Vital statistics of India. Vol. VI, European troops 1870-79
Year: 1870
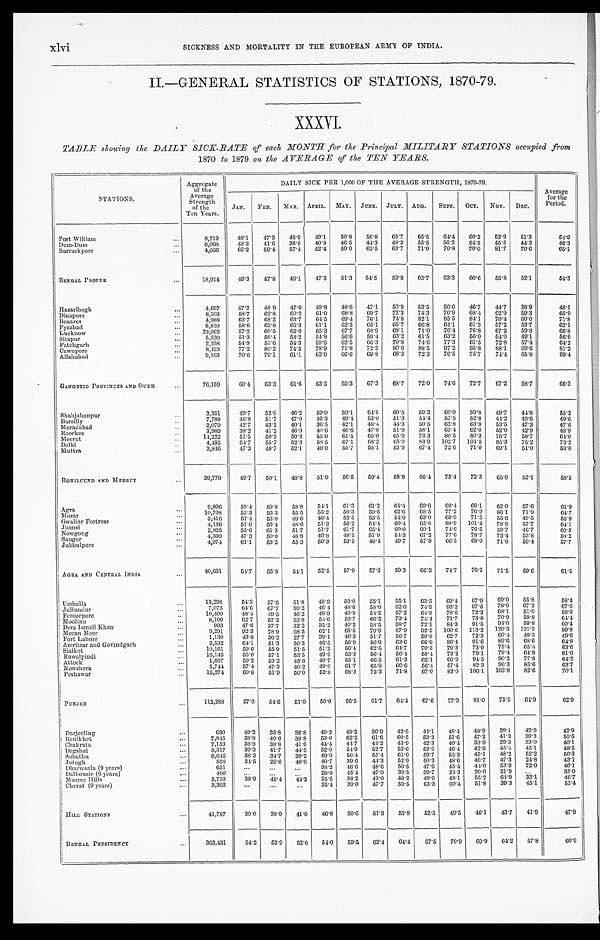
xlvi
SICKNESS AND MORTALITY IN THE EUROPEAN ARMY OF INDIA.
II.—GENERAL STATISTICS OF STATIONS, 1870-79.
XXXVI.
TABLE showing the DAILY SICK-RATE of each MONTH for the Principal MILITARY STATIONS occupied from
1870 to 1879 on the AVERAGE of the TEN YEARS.
STATIONS.
Aggregate
of the
Average
Strength
of the
Ten Years.
DAILY SICK PER 1,000 OF THE AVERAGE STRENGTH, 1870-79.
Average
for the
Period.
JAN.
FEB.
MAR.
APRIL. MAY.
JUNE. JULY. AUG.
SEPT.
OCT.
Nov.
DEC.
Fort William . . .
8,719
48.1
47.3
46.9
49.1
50.8
56.8
65.7
65.5
64.4
60.2
52.9
51.3
54.9
Dum-Dum . . .
6,068
43.3
41.6
36.9
40.8
46.5
44.3
48.3
55.5
56.2
54.5
45.5
44.3
46.3
Barrackpore . . .
4,056
65.2
59.4
57.4
52.4
59.0
63.5
63.7
71.0
70.8
70.0
81.7
70.6
65.1
BENGAL PROPER . . .
18,914
49.3
47.8
46.1
47.3
51.3
54.5
59.9
63.7
63.3
60.6
55.8
52.1
54.3
Hazaribagh . . .
4,697
47.2
48.9
47.0
49.8
48.6
47.1
50.9
53.5
50.6
46.7
44.7
38.9
48.1
Dinapore . . .
8,503
58.7
62.8
60.2
61.0
68.8
69.7
72.3
74.3
7 0 . 9
68.4
62.9
59.3
65.9
Benares . . .
4,988
63.7
68.2
63.7
64.5
69.4
76.1
74.8
82.1
85.5
84.1
70.4
60.0
71.8
8,810
58.6
62.8
65.3
61.1
62.3
65.1
65.7
66.8
64.1
61.3
57.2
53.7
62.1
Fyzabad . . .
23,062
57.2
60.5
62.0
65.3
67.7
68.9
68.1
71.0
76.4
76.8
67.2
59.8
66.8
Lucknow . . .
5,530
51.3
56.4
53.2
54.8
56.6
59.4
63.2
61.5
63.2
56.0
54.0
49.1
56.6
Sitapur . . .
2,258
54.9
55.6
54.3
59.6
62.5
66.3
70.8
74.6
77.3
61.5
72.8
57.4
64.2
Fatehgarh . . .
8,423
77.2
80.2
74.3
78.9
71.8
72.2
80.6
88.5
97.2
95.8
88.1
69.6
81.2
Cawnpore . . .
9,163
70.6
70.1
61.1
62.0
66.6
69.8
68.3
72.3
76.5
75.7
74.4
65.8
69.4
Allahabad . . .
GANGETIC PROVINCES AND OUDH . . .
76,159
60.4
63.3
61.6
63.5
65.3
67.3
68.7
72.0
74.6
72.7
67.2
58.7
66.3
Shahjahanpur . . .
3,351
49.7
52.6
46.2
59.0
59.1
64.5
60.5
59.3
60.0
59.8
49.7
44.8
55.2
7,788
46.8
51.7
47.0
46.3
49.4
53.0
51.3
54.4
57.5
52.8
44.2
40.6
49.6
Bareilly . . .
2,079
42.7
43.1
40.1
36.5
42.1
48.4
44.3
50.5
62.8
63.8
53.5
47.3
47.6
Moradabad . . .
3,989
38.2
41.2
46.9
40.6
46.6
47.8
51.9
58.1
63.4
62.0
52.0
42.9
48.9
Roorkee . . .
Meerut . . .
14,222
51.5
50.3
50.3
55.0
61.5
65.0
65.9
73.3
80.5
80.3
76.7
58.7
64.0
4,495
64.7
55.7
52.3
58.5
67.1
68.2
65.0
83.9
102.7
104.5
85.3
75.2
73.2
Delhi . . .
3,846
47.3
48.7
52.1
49.0
55.7
55.1
53.9
67.4
72.6
71.0
69.1
51.0
58.0
Muttra . . .
ROHILCUND AND MEERUT . . .
39,770
49.7
50.1
48.8
51.0
56.5
59.4
58.8
66.4
73.4
72.3
65.0
53.1
58.5
Agra . . .
9,896
58.4
59.8
58.8
54.1
61.3
61.2
64.4
69.6
69.4
68.1
62.0
57.6
61.9
10,708
5 3 . 3
5 5 . 3
5 5 . 5
55.2
58.3
59.6
62.6
68.5
77.2
76.9
86.1
71.9
64.7
Morar . . .
3,416
51.4
53.0
49.6
48.4
52.5
53.5
54.0
63.0
69.0
71.5
55.6
49.5
55.9
Gwalior Fortress . . .
4,136
5 1 . 0
5 5 . 4
4 8 . 6
51.3
56.2
54.4
60.4
65.8
88.9
101.4
78.8
57.7
64.1
Jhansi . . .
2 , 8 2 5
5 5 . 6
61.3
51.7
51.7
61.7
65.4
60.0
60.1
74.6
76.5
59.7
46.7
6 0 . 5
Nowgong . . .
4,590
47.3
5 0 . 0
4 8 . 8
4 9 . 8
48.5
51.9
54.3
67.2
77.6
78.7
72.4
53.8
5 8 . 2
Saugor . . .
4,974
61.1
53.2
55.3
50.3
53.5
48.4
49.7
57.8
66.5
68.0
71.0
59.4
57.7
Jubbulpore
. . .
AGRA AND CENTRAL INDIA . . .
40,631
54.7
55.8
54.1
52.5
57.0
57.2
59.3
66.2
74.7
76.1
71.5
59.6
61.5
Umballa . . .
13,298
54.3
57.6
51.8
48.9
56.0
55.1
55.1
63.5
69.4
67.9
69.0
55.8
58.4
7,075
64.6
67.7
59.2
46.4
48.6
58.0
62.0
74.9
93.2
97.5
78.0
67.2
67.6
Jullundur . . .
10,400
48.4
49.5
46.2
46.9
49.9
54.2
57.2
64.8
78.6
72.2
68.1
51.0
56.9
Ferozepore . . .
8,109
62.7
57.2
53.8
54.0
58.7
66.2
73.4
74.4
71.7
73.8
70.9
59.8
64.4
Mooltan . . .
993
47.6
37.7
32.2
35.2
40.2
58.5
68.7
72.1
84.3
91.5
94.0
59.8
60.4
Dera Ismail Khan . . .
9,291
92.3
78.9
68.5
62.1
65.5
79.8
87.9
92.5
100.6
113.2
120.3
121.3
89.8
Meean Meer . . .
1,130
43.6
36.2
27.7
39.1
46.3
51.7
56.7
50.8
62.7
72.3
60.4
49.3
49.6
Fort Lahore . . .
2,532
64.1
51.3
36.3
46.5
56.9
56.9
63.6
66'9
86.4
91.6
89.6
68.6
64.8
Amritsar and Govindgarh . . .
10,161
59.6
55.9
51.5
51.2
56.4
62.5
64.7
70.3
79.3
73.9
75.4
65.4
63.6
Sialkot . . .
16,145
55.0
57.1
53.5
49.9
53.3
56.4
56.4
58.4
73.2
79.1
79.4
64.8
61.0
Rawalpindi . . .
1,697
59.2
53.2
45.6
40.7
55.1
66.5
61.3
62.1
66.9
91.5
90.2
77.8
64.2
Attock . . .
5,744
57.4
47.3
40.2
49.0
61.7
65.9
66.6
56.4
57.4
82.3
96.3
85.6
63.7
Nowshera . . .
15,274
60.6
51.9
50.0
52.8
68.3
72.3
71.8
67.0
83.0
106.1
103.8
82.6
70.1
Peshawar . . .
PUNJAB . . .
112,288
57.0
54.6
5 1 . 0
50.0
56.5
61.7
64.4
67.6
77.3
81.0
75.5
64.9
62.9
Darjeeling . . .
630
49.2
35.8
36.8
49.2
48.2
36.9
42.6
44.1
48.4
48.9
39.1
42.9
42.9
Ranikhet . . .
7,845
38.8
40.6
39.8
53.0
62.2
61.6
60.5
53.2
51.6
47.2
41.3
39.3
50.5
Chakrata . . .
7,153
38.3
38.8
41.6
44.4
44.7
44.2
43.9
42.3
40.4
33.9
29.3
33.0
40.1
Dagshai . . .
8,317
39.3
41.7
44.5
52.0
54.9
52.7
53.6
53.6
46.4
42.6
45.4
45.1
48.5
Subathu . . .
6,645
38.3
34.7
39.2
49.0
56.4
55.4
61.0
59.7
55.3
45.1
48.2
52.2
50.3
Jutogh . . .
858
24.5
28.6
40.0
40.7
39.6
44.3
52.9
50.3
48.6
46.7
47.3
24.8
43.1
Dharmsala (9 years) . . .
651
. . .
. . .
. . .
38.2
46.6
48.6
50.5
47.6
45.4
44.0
53.9
72.0
46.1
Dalhousie (6 years) . . .
400
. . .
. . .
. . .
28.9
45.4
47.0
39.5
39.7
24.3
20.0
21.9
. . .
35.0
Murree Hills . . .
5,733
38.9
48.4
44.2
25.5
38.2
43.0
48.2
49.6
48.1
55.2
64.9
3 3 . 1
46.7
Cherat (9 years) . . .
3,392
. . .
. . .
. . . 25.4
39.0
47.7
59.5
63.3
60.4
51.8
39.3
45.1
53.4
HILL STATIONS
. . .
41,787
39.0
38.9
41.0
46.8
50.6
51.3
53.9
52.5
49.5
46.1
43.7
41.9
47.9
BENGAL PRESIDENCY . . .
363,431
54.2
53.9
52.0
54.0
59.5
62.4
64.4
67.5
70.9
69.9
64.2
57.8
60.9